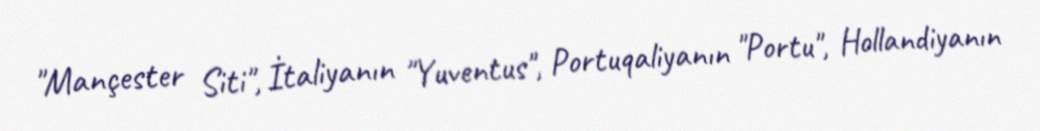
"Mançester Siti", İtaliyanın "Yuventus", Portuqaliyanın "Portu", Hollandiyanın